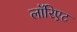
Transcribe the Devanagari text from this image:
लॉरिएट